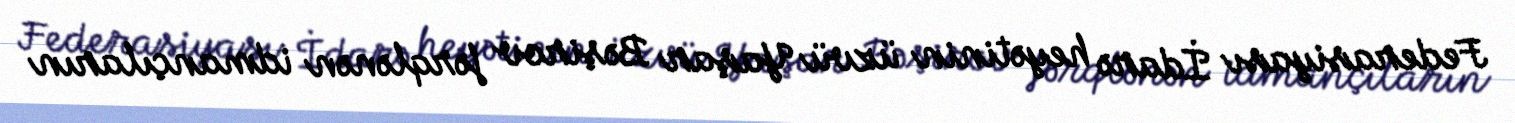
Federasiyası İdarə heyətinin üzvü Yaşar Bəşirov fərqlənən idmançıların